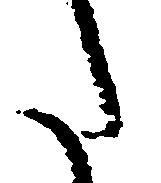
た